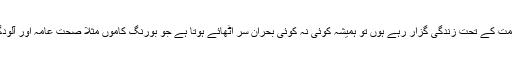
جب آپ امرا شاہی حکومت کے تحت زندگی گزار رہے ہوں تو ہمیشہ کوئی نہ کوئی بحران سر اٹھائے ہوتا ہے جو بورنگ کاموں مثلاً صحت عامہ اور آلودگی پر ترجیح پا لیتا ہے۔